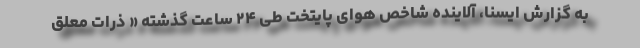
به گزارش ایسنا، آلاینده شاخص هوای پایتخت طی ۲۴ ساعت گذشته « ذرات معلق